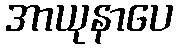
အာယုနာပေ